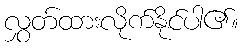
လွှတ်ထားလိုက်နိုင်ပါ၏။